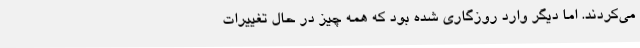
می‌کردند. اما دیگر وارد روزگاری شده بود که همه چیز در حال تغییرات